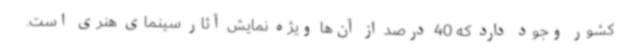
کشور وجود دارد که 40 درصد از آن‌ها ویژه نمایش آثار سینمای هنری است.